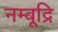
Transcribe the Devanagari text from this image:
नम्बूद्रि